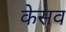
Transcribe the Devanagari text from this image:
केसव